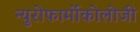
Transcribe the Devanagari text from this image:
न्युरोफार्मोकोलोजी